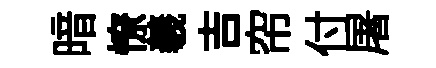
暗憭羲吉帘付屠